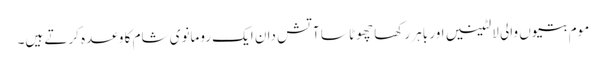
موم بتیوں والی لالٹینیں اور باہر رکھا چھوٹا سا آتش دان ایک رومانوی شام کا وعدہ کرتے ہیں۔